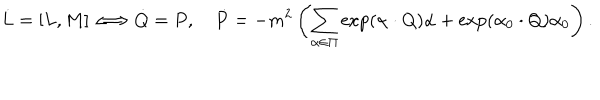
\dot { L } = [ L , M ] \Longleftrightarrow \dot { Q } = P , \quad \dot { P } = - m ^ { 2 } \left( \sum _ { \alpha \in \Pi } \exp ( { \alpha \cdot Q } ) \alpha + \exp ( { \alpha _ { 0 } \cdot Q } ) \alpha _ { 0 } \right) .